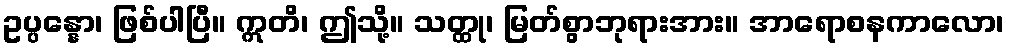
ဥပ္ပန္နော၊ ဖြစ်ပါပြီ။ ဣတိ၊ ဤသို့။ သတ္ထု၊ မြတ်စွာဘုရားအား။ အာရောစနကာလော၊